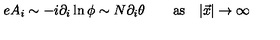
e A _ { i } \sim - i \partial _ { i } \ln \phi \sim N \partial _ { i } \theta \qquad \mathrm { a s } \quad | \vec { x } | \to \infty